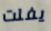
يفلت